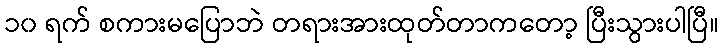
၁၀ ရက် စကားမပြောဘဲ တရားအားထုတ်တာကတော့ ပြီးသွားပါပြီ။